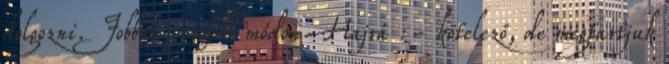
dolgozni. Jobban, profibb módon Hajrá :- kötelező, de megtartjuk